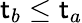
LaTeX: \mathsf{t}_{b}\leq\mathsf{t}_{a}